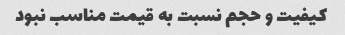
کیفیت و حجم نسبت به قیمت مناسب نبود